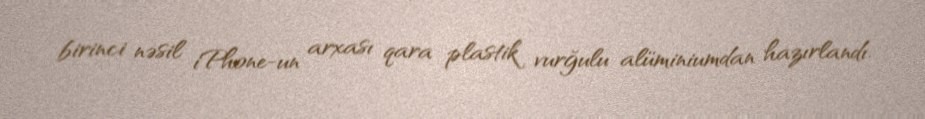
birinci nəsil iPhone-un arxası qara plastik vurğulu alüminiumdan hazırlandı.